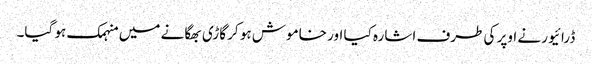
ڈرائیور نے اوپر کی طرف اشارہ کیا اور خاموش ہو کر گاڑی بھگانے میں منہمک ہو گیا۔